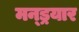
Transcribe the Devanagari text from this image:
मन्ड्रयार